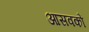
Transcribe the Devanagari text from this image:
आसवकों